Insane asylums in Bengal annual reports 1876-1887 - 1876-1887
Year: 1876
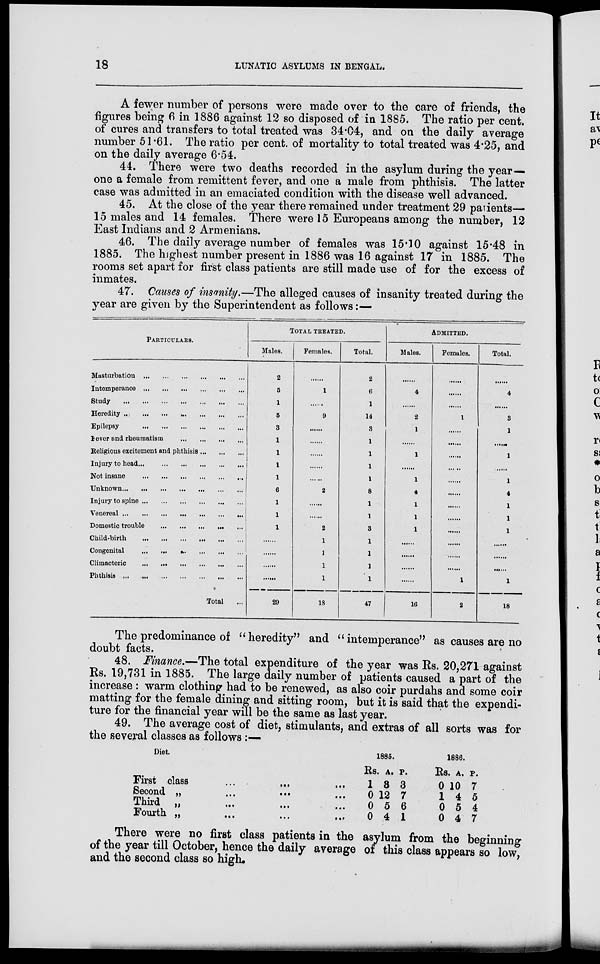
18
LUNATIC ASYLUMS IN BENGAL.
A fewer number of persons were made over to the care of friends, the
figures being 6 in 1886 against 12 so disposed of in 1885. The ratio per cent.
of cures and transfers to total treated was 34.04, and on the daily average
number 51.61. The ratio per cent. of mortality to total treated was 4.25, and
on the daily average 6.54.
44. There were two deaths recorded in the asylum during the year-
one a female from remittent fever, and one a male from phthisis. The latter
case was admitted in an emaciated condition with the disease well advanced.
45. At the close of the year there remained under treatment 29 patients—
15 males and 14 females. There were 15 Europeans among the number, 12
East Indians and 2 Armenians.
46. The daily average number of females was 15.10 against 15.48 in
1885. The highest number present in 1886 was 16 against 17 in 1885. The
rooms set apart for first class patients are still made use of for the excess of
inmates.
47. Causes of insanity.—The alleged causes of insanity treated during the
year are given by the Superintendent as follows:—
PARTICULARS.
Masturbation
...
...
...
...
...
...
Intemperance ... ... ... ... ... ...
Study ... ... ... ... ... ... ...
Heredity ... ... ... ... ... ... ...
Epilepsy ... ... ... ... ... ...
lever and rheumatism ... ... ... ...
Religious excitement and phthisis ... ... ...
Injury to head ... ... ... ... ... ...
Not insane ... ... ... ... ... ...
Unknown ... ... ... ... ... ... ...
Injury to spine ... ... ... ... ... ...
Venereal ... ... ... ... ... ... ...
Domestic trouble ... ... ... ... ...
Child-birth ... ... ... ... ... ...
Congenital ... ... ... ... ... ...
Climacteric ... ... ... ... ... ...
Phthisis ... ... ... ... ... ... ...
Total ...
TOTAL TREATED.
Males.
2
5
1
5
3
1
1
1
1
6
1
1
1
......
......
......
......
29
Females.
......
1
......
9
......
......
......
......
2
......
......
2
1
1
1
1
18
Total.
2
6
1
14
3
1
1
1
1
8
1
1
3
1
1
1
1
47
ADMITTED.
Males.
......
4
......
2
1
......
1
......
1
4
1
1
1
......
......
......
......
16
Females.
......
......
......
1
......
......
......
......
......
......
......
......
......
......
......
......
1
2
Total.
......
4
......
3
1
......
1
......
1
4
1
1
1
......
......
......
1
18
The predominance of " heredity" and " intemperance" as causes are no
doubt facts.
48. Finance.—The total expenditure of the year was Rs. 20,271 against
Rs. 19,731 in 1885. The large daily number of patients caused a part of the
increase : warm clothing had to be renewed, as also coir purdahs and some coir
matting for the female dining and sitting room, but it is said that the expendi-
ture for the financial year will be the same as last year.
49. The average cost of diet, stimulants, and extras of all sorts was for
the several classes as follows:—
Diet
First class ... ... ...
Second „ ... ... ...
Third „ ... ... ...
Fourth „ ... ... ...
1885.
Rs.
1
0
0
0
A.
8
12
5
4
P.
3
7
6
1
1886.
Rs.
0
1
0
0
A.
10
4
5
4
P.
7
5
4
7
There were no first class patients in the asylum from the beginning
of the year till October, hence the daily average of this class appears so low,
and the second class so high.